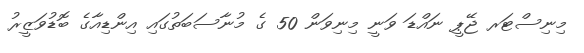
މިނިސްޓަރ ޖޭޕީ ނައްޑަ ވަނީ މިނިވަން 50 ގެ މުނާސަބަތުގައި އިންޑިއާގެ ބޮޑުވަޒީރު